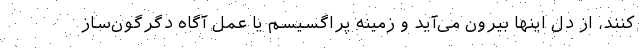
کنند، از دل اینها بیرون می‌آید و زمینه پراگسیسم یا عمل آگاه دگرگون‌ساز